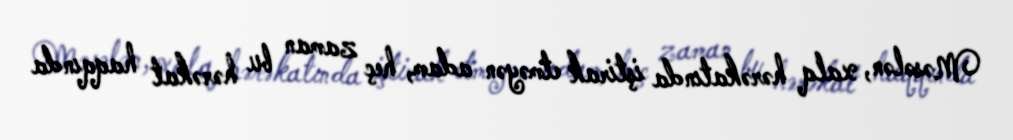
Məsələn, xalq hərəkatında iştirak etməyən adam, heç zaman bu hərəkat haqqında